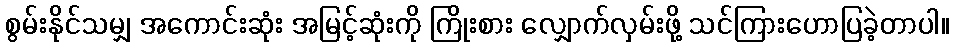
စွမ်းနိုင်သမျှ အကောင်းဆုံး အမြင့်ဆုံးကို ကြိုးစား လျှောက်လှမ်းဖို့ သင်ကြားဟောပြခဲ့တာပါ။